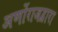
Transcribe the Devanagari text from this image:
अर्णोराजद्वारा